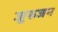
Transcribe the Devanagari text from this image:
जुरुजन